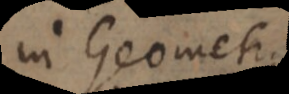
in Geometria